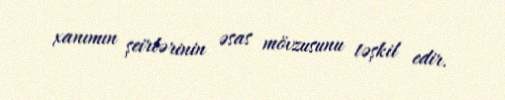
xanımın şeirlərinin əsas mövzusunu təşkil edir.